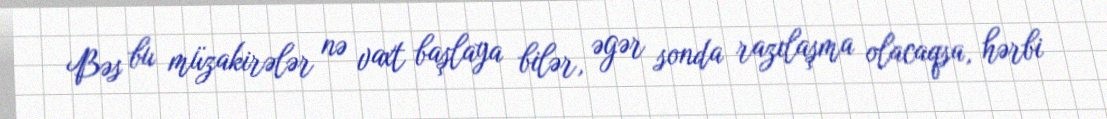
Bəs bu müzakirələr nə vaxt başlaya bilər, əgər sonda razılaşma olacaqsa, hərbi